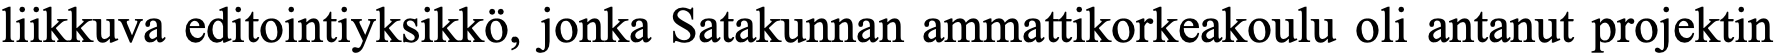
liikkuva editointiyksikkö, jonka Satakunnan ammattikorkeakoulu oli antanut projektin